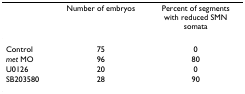
<table><thead><tr><td></td><td><b>Number of embryos</b></td><td><b>Percent of segmentswith reduced SMNsomata</b></td></tr></thead><tbody><tr><td>Control</td><td>75</td><td>0</td></tr><tr><td><i>met </i>MO</td><td>96</td><td>80</td></tr><tr><td>U0126</td><td>20</td><td>0</td></tr><tr><td>SB203580</td><td>28</td><td>90</td></tr></tbody></table>